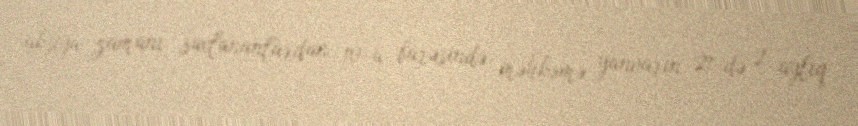
aksiya zamanı saxlananlardan 10-u barəsində məhkəmə yanvarın 21-də 2 aylıq